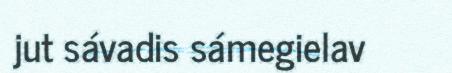
jut sávadis sámegielav